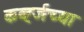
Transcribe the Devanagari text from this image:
कर्व्ह्जच्या